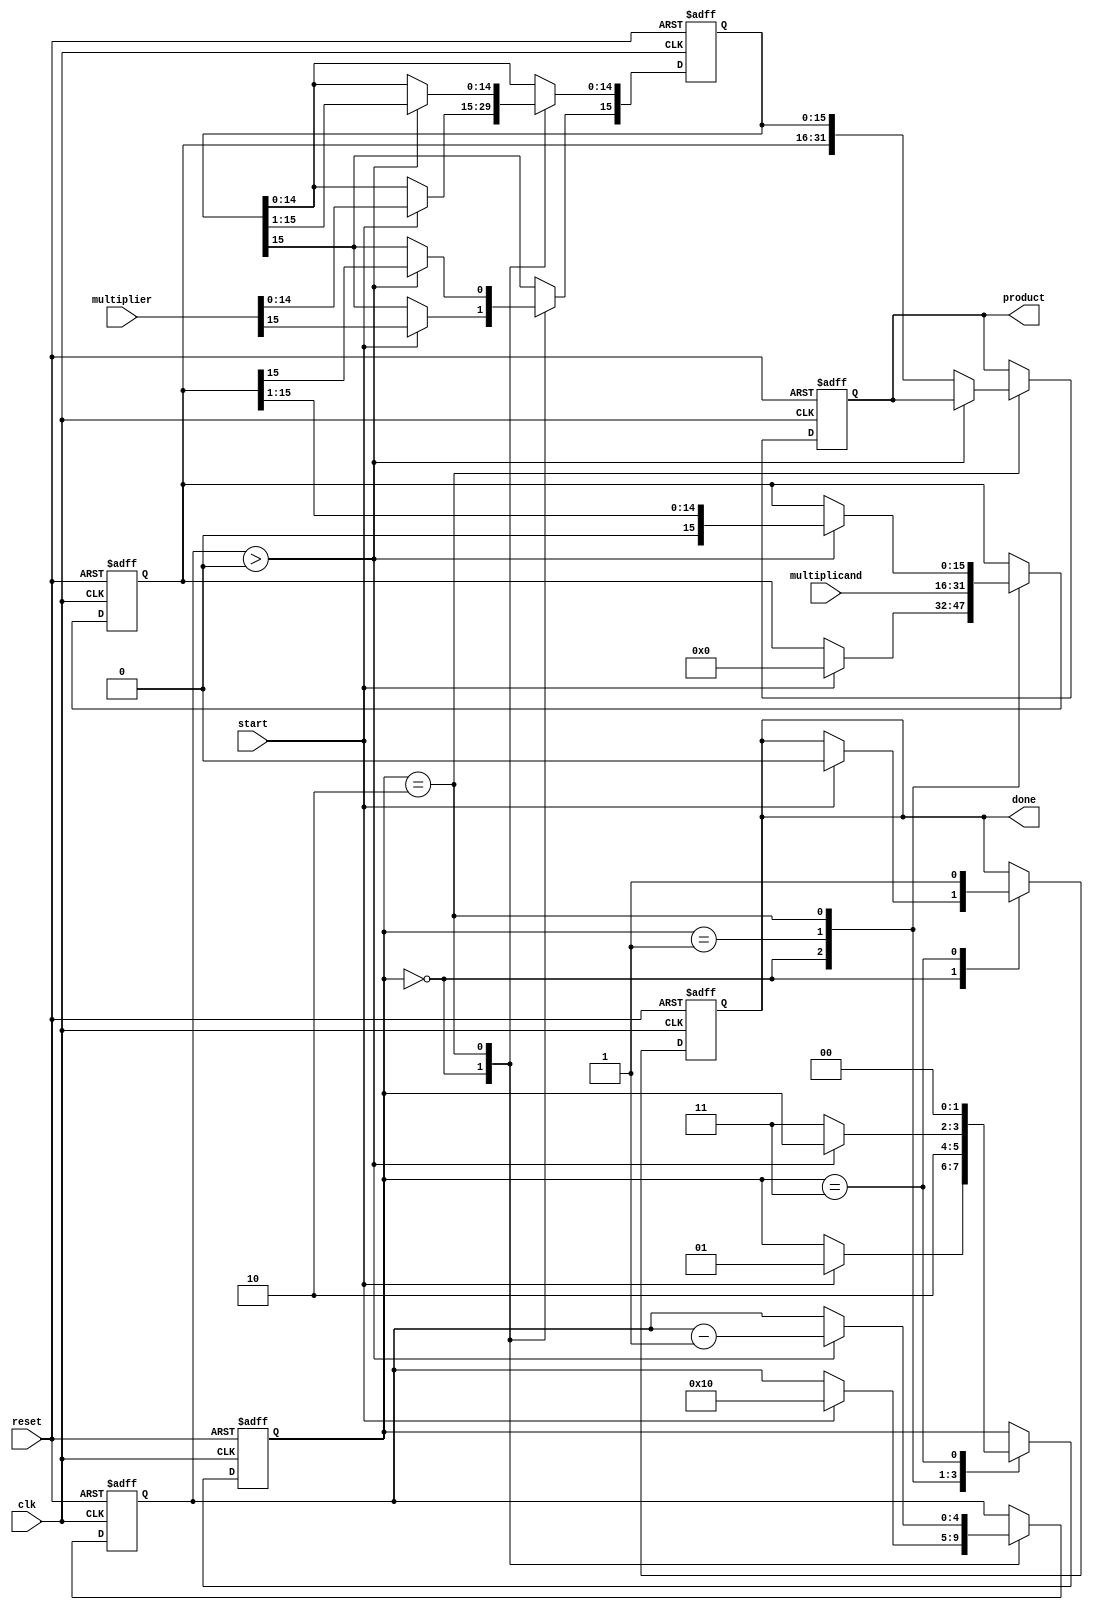
module booth_multiplier (
    input wire clk,
    input wire reset,
    input wire start,
    input wire [15:0] multiplicand, // M
    input wire [15:0] multiplier,    // Q
    output reg [31:0] product,
    output reg done
);

    // Internal Registers
    reg [15:0] A;      // Accumulator
    reg [15:0] Q;      // Multiplier
    reg Q_1;           // Previous Q LSB
    reg [4:0] count;   // Count for iterations
    reg [1:0] state;   // FSM state

    // State encoding
    localparam IDLE = 2'b00,
               INIT = 2'b01,
               CALC = 2'b10,
               DONE = 2'b11;

    // FSM
    always @(posedge clk or posedge reset) begin
        if (reset) begin
            A <= 16'b0;
            Q <= 16'b0;
            Q_1 <= 1'b0;
            product <= 32'b0;
            count <= 5'b0;
            state <= IDLE;
            done <= 1'b0;
        end else begin
            case (state)
                IDLE: begin
                    if (start) begin
                        A <= 16'b0;
                        Q <= multiplier;
                        Q_1 <= 1'b0;
                        count <= 5'd16; // Assuming 16-bit inputs
                        state <= INIT;
                        done <= 1'b0;
                    end
                end
                
                INIT: begin
                    // Initialize A with multiplicand
                    A <= multiplicand;
                    state <= CALC;
                end

                CALC: begin
                    if (count > 0) begin
                        case ({Q[0], Q_1}) // Check last two bits of Q
                            2'b01: A <= A + multiplicand;  // A = A + M
                            2'b10: A <= A - multiplicand;  // A = A - M
                            default: ;
                        endcase

                        // Shift right operation
                        {A, Q} <= {A, Q} >> 1; // Right shift
                        Q[15] <= A[15]; // Preserve the sign bit of A
                        Q_1 <= Q[0];    // Update Q_1 to current LSB of Q

                        count <= count - 1;
                    end else begin
                        product <= {A, Q}; // Combine A and Q for final product
                        state <= DONE;
                    end
                end

                DONE: begin
                    done <= 1'b1;
                    state <= IDLE; // Return to idle after done
                end

                default: state <= IDLE; // Default case
            endcase
        end
    end
endmodule